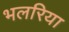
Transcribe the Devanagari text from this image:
भलरिया